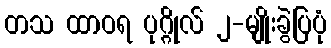
တသ ထာဝရ ပုဂ္ဂိုလ် ၂-မျိုးခွဲပြပုံ